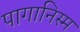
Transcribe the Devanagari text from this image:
पागानिस्म